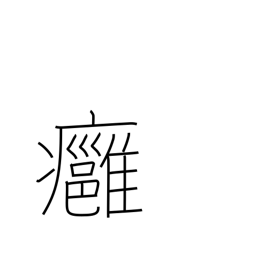
Meaning: boil